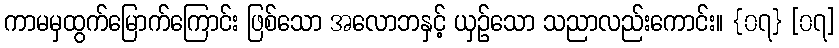
ကာမမှထွက်မြောက်ကြောင်း ဖြစ်သော အလောဘနှင့် ယှဉ်သော သညာလည်းကောင်း။ {၀၇} [၀၇]